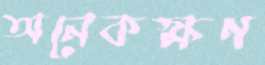
অনেকক্ষণ